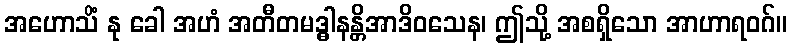
အဟောသိံ နု ခေါ အဟံ အတီတမဒ္ဓါနန္တိအာဒိဝသေန၊ ဤသို့ အစရှိသော အာဟာရဝဂ်။